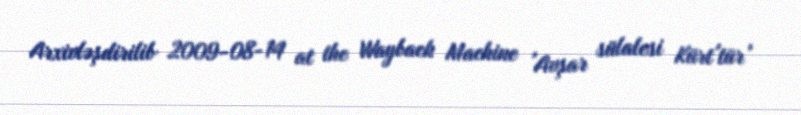
Arxivləşdirilib 2009-08-14 at the Wayback Machine 'Avşar sülalesi Kürt'tür'